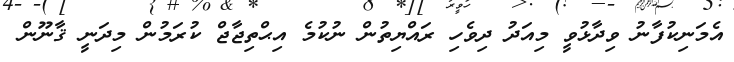
އެމަނިކުފާނު ވިދާޅުވީ މިއަދު ދިވެހި ރައްޔިތުން ނުކުމެ އިޙްތިޖާޖް ކުރަމުން މިދަނީ ޤާނޫން